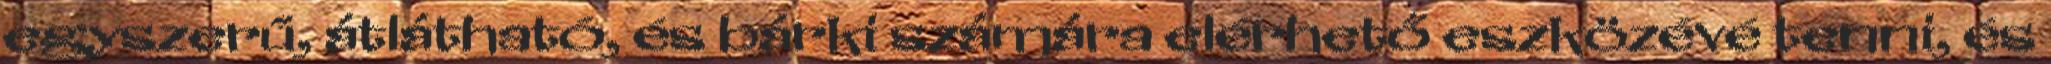
egyszerű, átlátható, és bárki számára elérhető eszközévé tenni, és